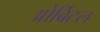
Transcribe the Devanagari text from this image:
ओर्बिटल